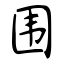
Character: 围